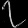
Digit: ၇